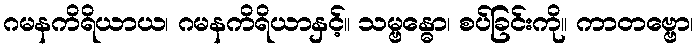
ဂမနကိရိယာယ၊ ဂမနကိရိယာနှင့်။ သမ္ဗန္ဓော၊ စပ်ခြင်းကို။ ကာတဗ္ဗော၊